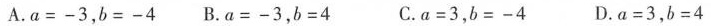
A.a=-3，b=-4 B.a=-3，b=4 C.a=3，b=-4 D.a=3，b=4